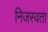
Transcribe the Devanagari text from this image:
निजस्वता